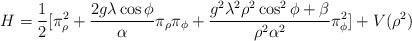
LaTeX: \begin{align*}H= \frac{1}{2}[\pi_\rho^2+ \frac{2g\lambda \cos\phi}{\alpha}\pi_\rho\pi_\phi+ \frac{g^2\lambda^2\rho^2\cos^2\phi +\beta}{\rho^2\alpha^2}\pi_\phi^2]+V(\rho^2)\end{align*}